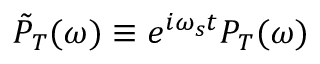
\tilde { P } _ { T } ( \omega ) \equiv e ^ { i \omega _ { s } t } P _ { T } ( \omega )